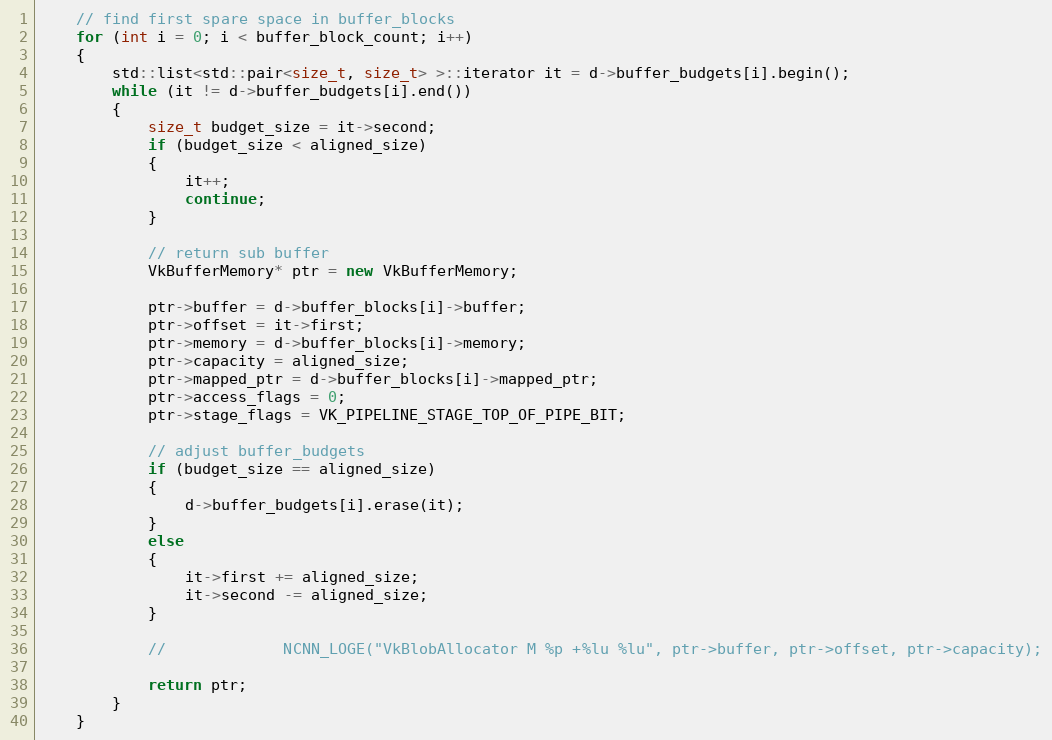
Language: C++
    // find first spare space in buffer_blocks
    for (int i = 0; i < buffer_block_count; i++)
    {
        std::list<std::pair<size_t, size_t> >::iterator it = d->buffer_budgets[i].begin();
        while (it != d->buffer_budgets[i].end())
        {
            size_t budget_size = it->second;
            if (budget_size < aligned_size)
            {
                it++;
                continue;
            }

            // return sub buffer
            VkBufferMemory* ptr = new VkBufferMemory;

            ptr->buffer = d->buffer_blocks[i]->buffer;
            ptr->offset = it->first;
            ptr->memory = d->buffer_blocks[i]->memory;
            ptr->capacity = aligned_size;
            ptr->mapped_ptr = d->buffer_blocks[i]->mapped_ptr;
            ptr->access_flags = 0;
            ptr->stage_flags = VK_PIPELINE_STAGE_TOP_OF_PIPE_BIT;

            // adjust buffer_budgets
            if (budget_size == aligned_size)
            {
                d->buffer_budgets[i].erase(it);
            }
            else
            {
                it->first += aligned_size;
                it->second -= aligned_size;
            }

            //             NCNN_LOGE("VkBlobAllocator M %p +%lu %lu", ptr->buffer, ptr->offset, ptr->capacity);

            return ptr;
        }
    }